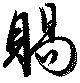
賜